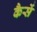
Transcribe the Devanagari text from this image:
कैसें